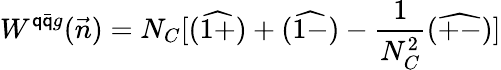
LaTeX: W^{\mathsf{q}\bar{{\mathsf{q}}}g}(\vec{{n}})=N_{C}[(\widehat{{1+}})+(\widehat{{1-}})-\frac{{1}}{{N_{C}^{2}}}(\widehat{{+-}})]